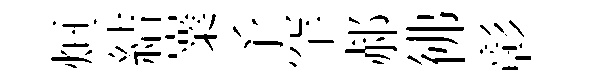
烜結嶪予罕郝彿彰